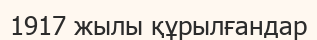
1917 жылы құрылғандар